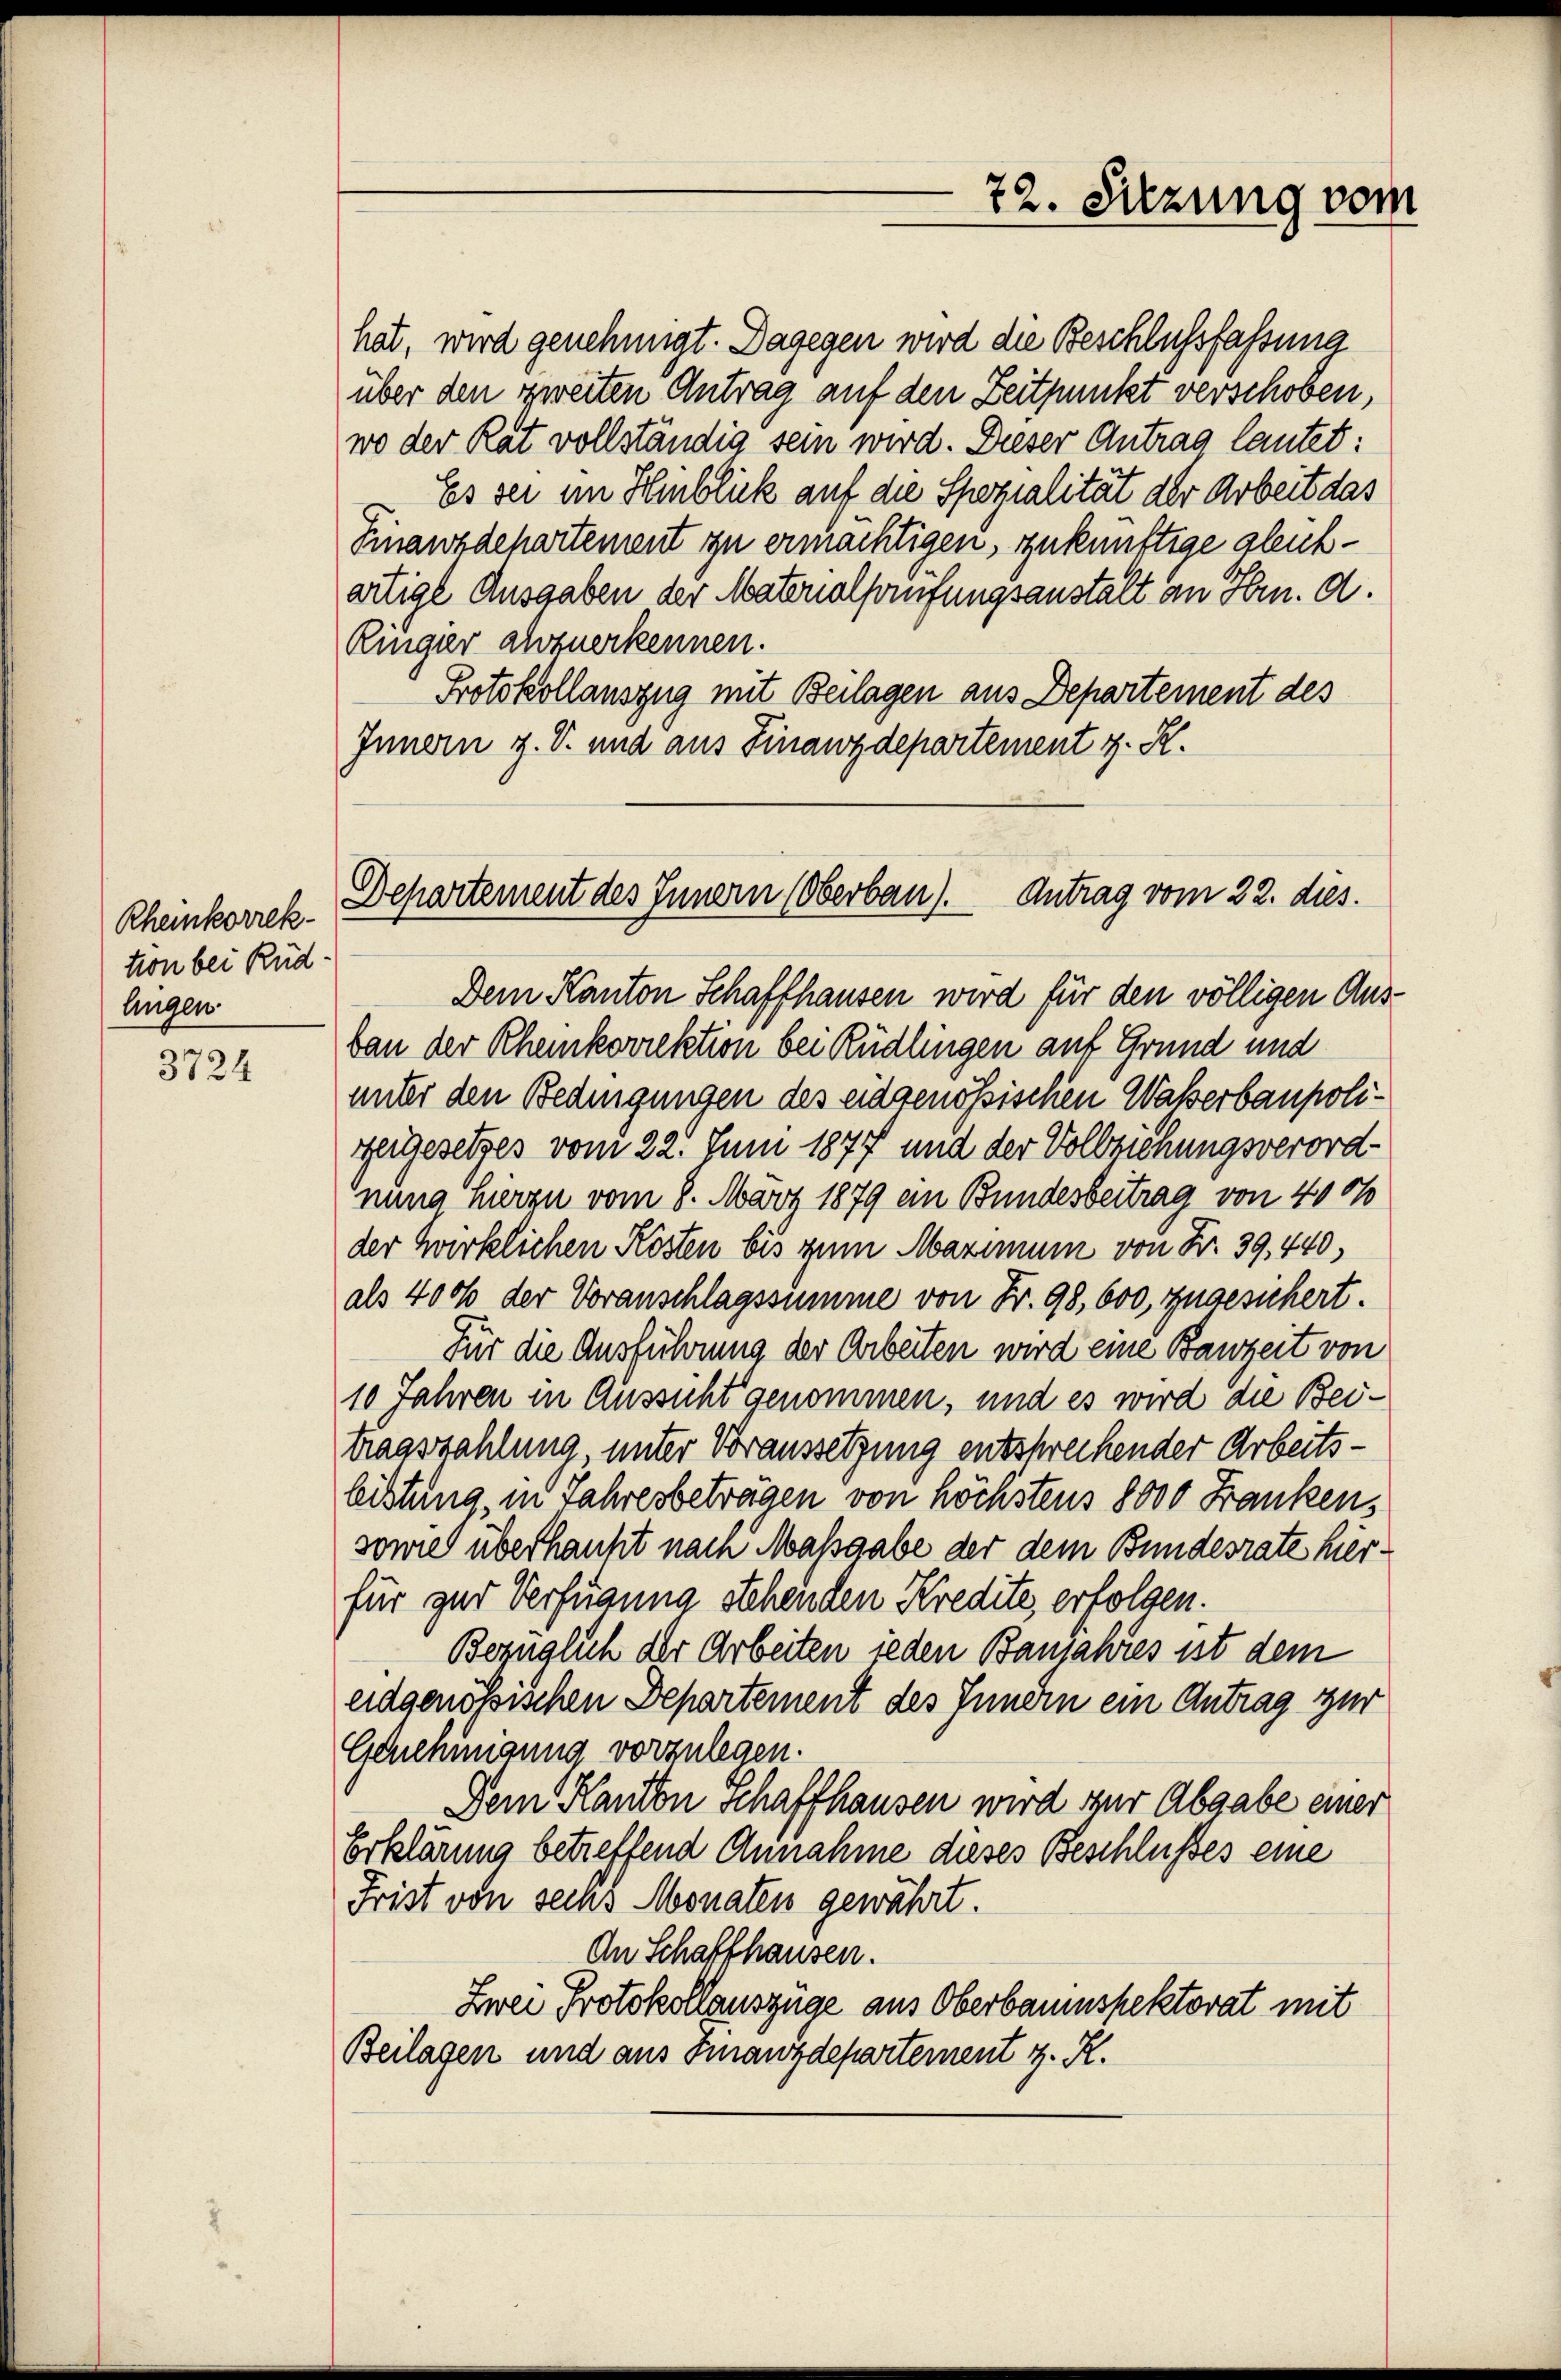
Rheinkorrek-
tion bei Rüdlingen.

3724

hat, wird genehmigt. Dagegen wird die Beschlussfassung
über den zweiten Antrag auf den Zeitpunkt verschoben,
wo der Rat vollständig sein wird. Dieser Antrag lautet:
Es sei im Hinblick auf die Spezialität der Arbeit das
Finanzdepartement zu ermächtigen, zukünftige gleichartige Ausgaben der Materalprufungsanstalt an Hrn. d.
Ringer abzuerkennen.
Protokollauszug mit Beilagen aus Departement des
Innern z. S. und aus Finanzdepartement z. R.

72. Sitzung vom

Departement des Innern (Oberbau). Antrag vom 22. dies.

Dem Kanton Schaffhausen wird für den völligen Ausban der Rheinkorrektion bei Rüdlingen auf Grund und
unter den Bedingungen des eidgenössischen Waßerbaupolitergesetzes vom 22. Juni 1877 und der Vollziehungsverordnung hierzu vom 8. März 1879 ein Bundesbeitrag von 4000
der wirklichen Kosten bis zum Maximum von Nr. 39, 440,
als 400 der Voranschlagssumme von Fr. 98. 600, zugesichert.
Für die Ausführung der Arbeiten wird eine Bauzeit von
10 Jahren in Aussicht genommen, und es wird die Beitragszahlung, unter Voraussetzung entschrechender Arbeitsleistung, in Jahresbeträgen von höchstens 8000 Franken,
sowie überhaupt nach Massgabe der dem Bundesrate hierfür zur Verfügung stehenden Kredite erfolgen.
Bezüglich der Arbeiten jeden Banjahres ist dem
eidgenössischen Departement des Jundin ein Antrag zur
Genehmigung vorzulegen.
Dem Kanton schaffhausen wird zur Abgabe einer
Erklärung betreffend Annahme dieses Beschlusses eine
Frist von sechs Monaten gewährt.
An Schaffhausen.
Zwei Protokollauszüge aus Oberbauinspektorat mit
Beilagen und aus Finanzdepartement z. R.